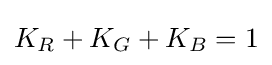
K_{R}+K_{G}+K_{B}=1